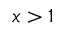
x > 1